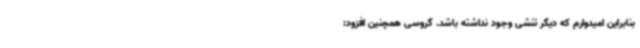
بنابراین امیدوارم که دیگر تنشی وجود نداشته باشد. گروسی همچنین افزود: